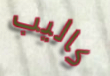
كاليب